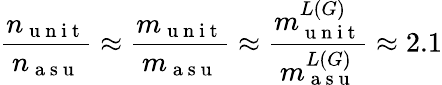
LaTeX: \frac{n_{\mathrm{~u~n~i~t~}}}{n_{\mathrm{~a~s~u~}}}\approx\frac{m_{\mathrm{~u~n~i~t~}}}{m_{\mathrm{~a~s~u~}}}\approx\frac{m_{\mathrm{~u~n~i~t~}}^{L(G)}}{m_{\mathrm{~a~s~u~}}^{L(G)}}\approx 2.1